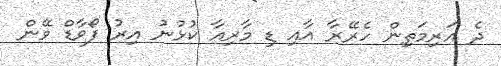
ދެ އަރިމަތިން ހެރޭރާ އާއި ޑި މާރިއާ ކުޅުނު އިރު ފޯވާޑް ވޭން